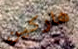
هاركين